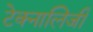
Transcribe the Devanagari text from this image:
टेक्नालिजी